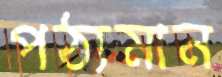
পঠ্যমান